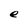
Character: e